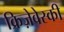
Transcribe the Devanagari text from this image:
क्रिज़ेवेस्की